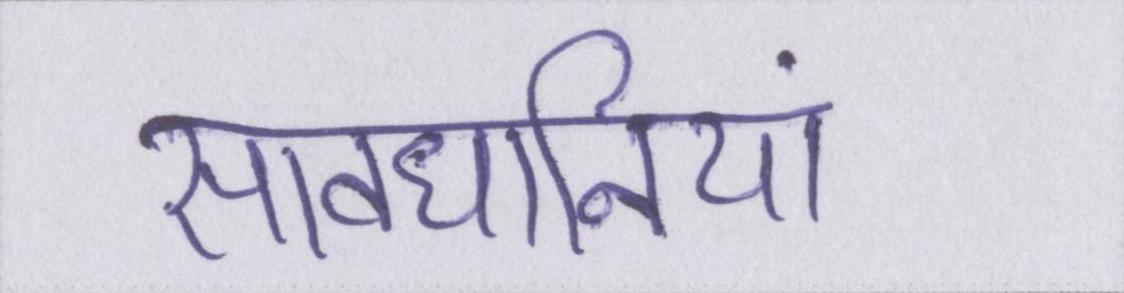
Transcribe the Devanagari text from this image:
सावधानियां